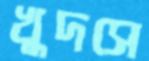
খুদসে